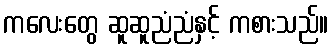
ကလေးတွေ ဆူဆူညံညံနှင့် ကစားသည်။